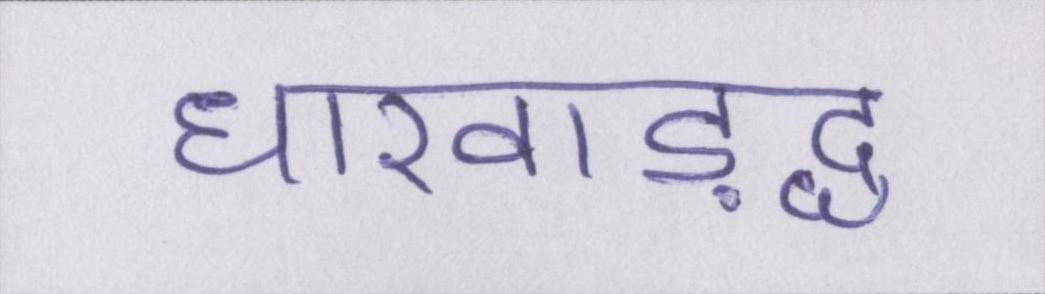
धारवाड़द्ध